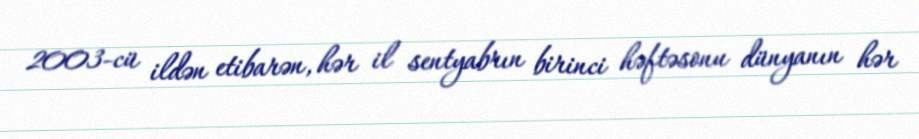
2003-cü ildən etibarən, hər il sentyabrın birinci həftəsonu dünyanın hər